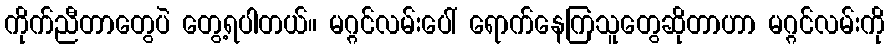
ကိုက်ညီတာတွေပဲ တွေ့ရပါတယ်။ မဂ္ဂင်လမ်းပေါ် ရောက်နေကြသူတွေဆိုတာဟာ မဂ္ဂင်လမ်းကို